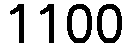
1100